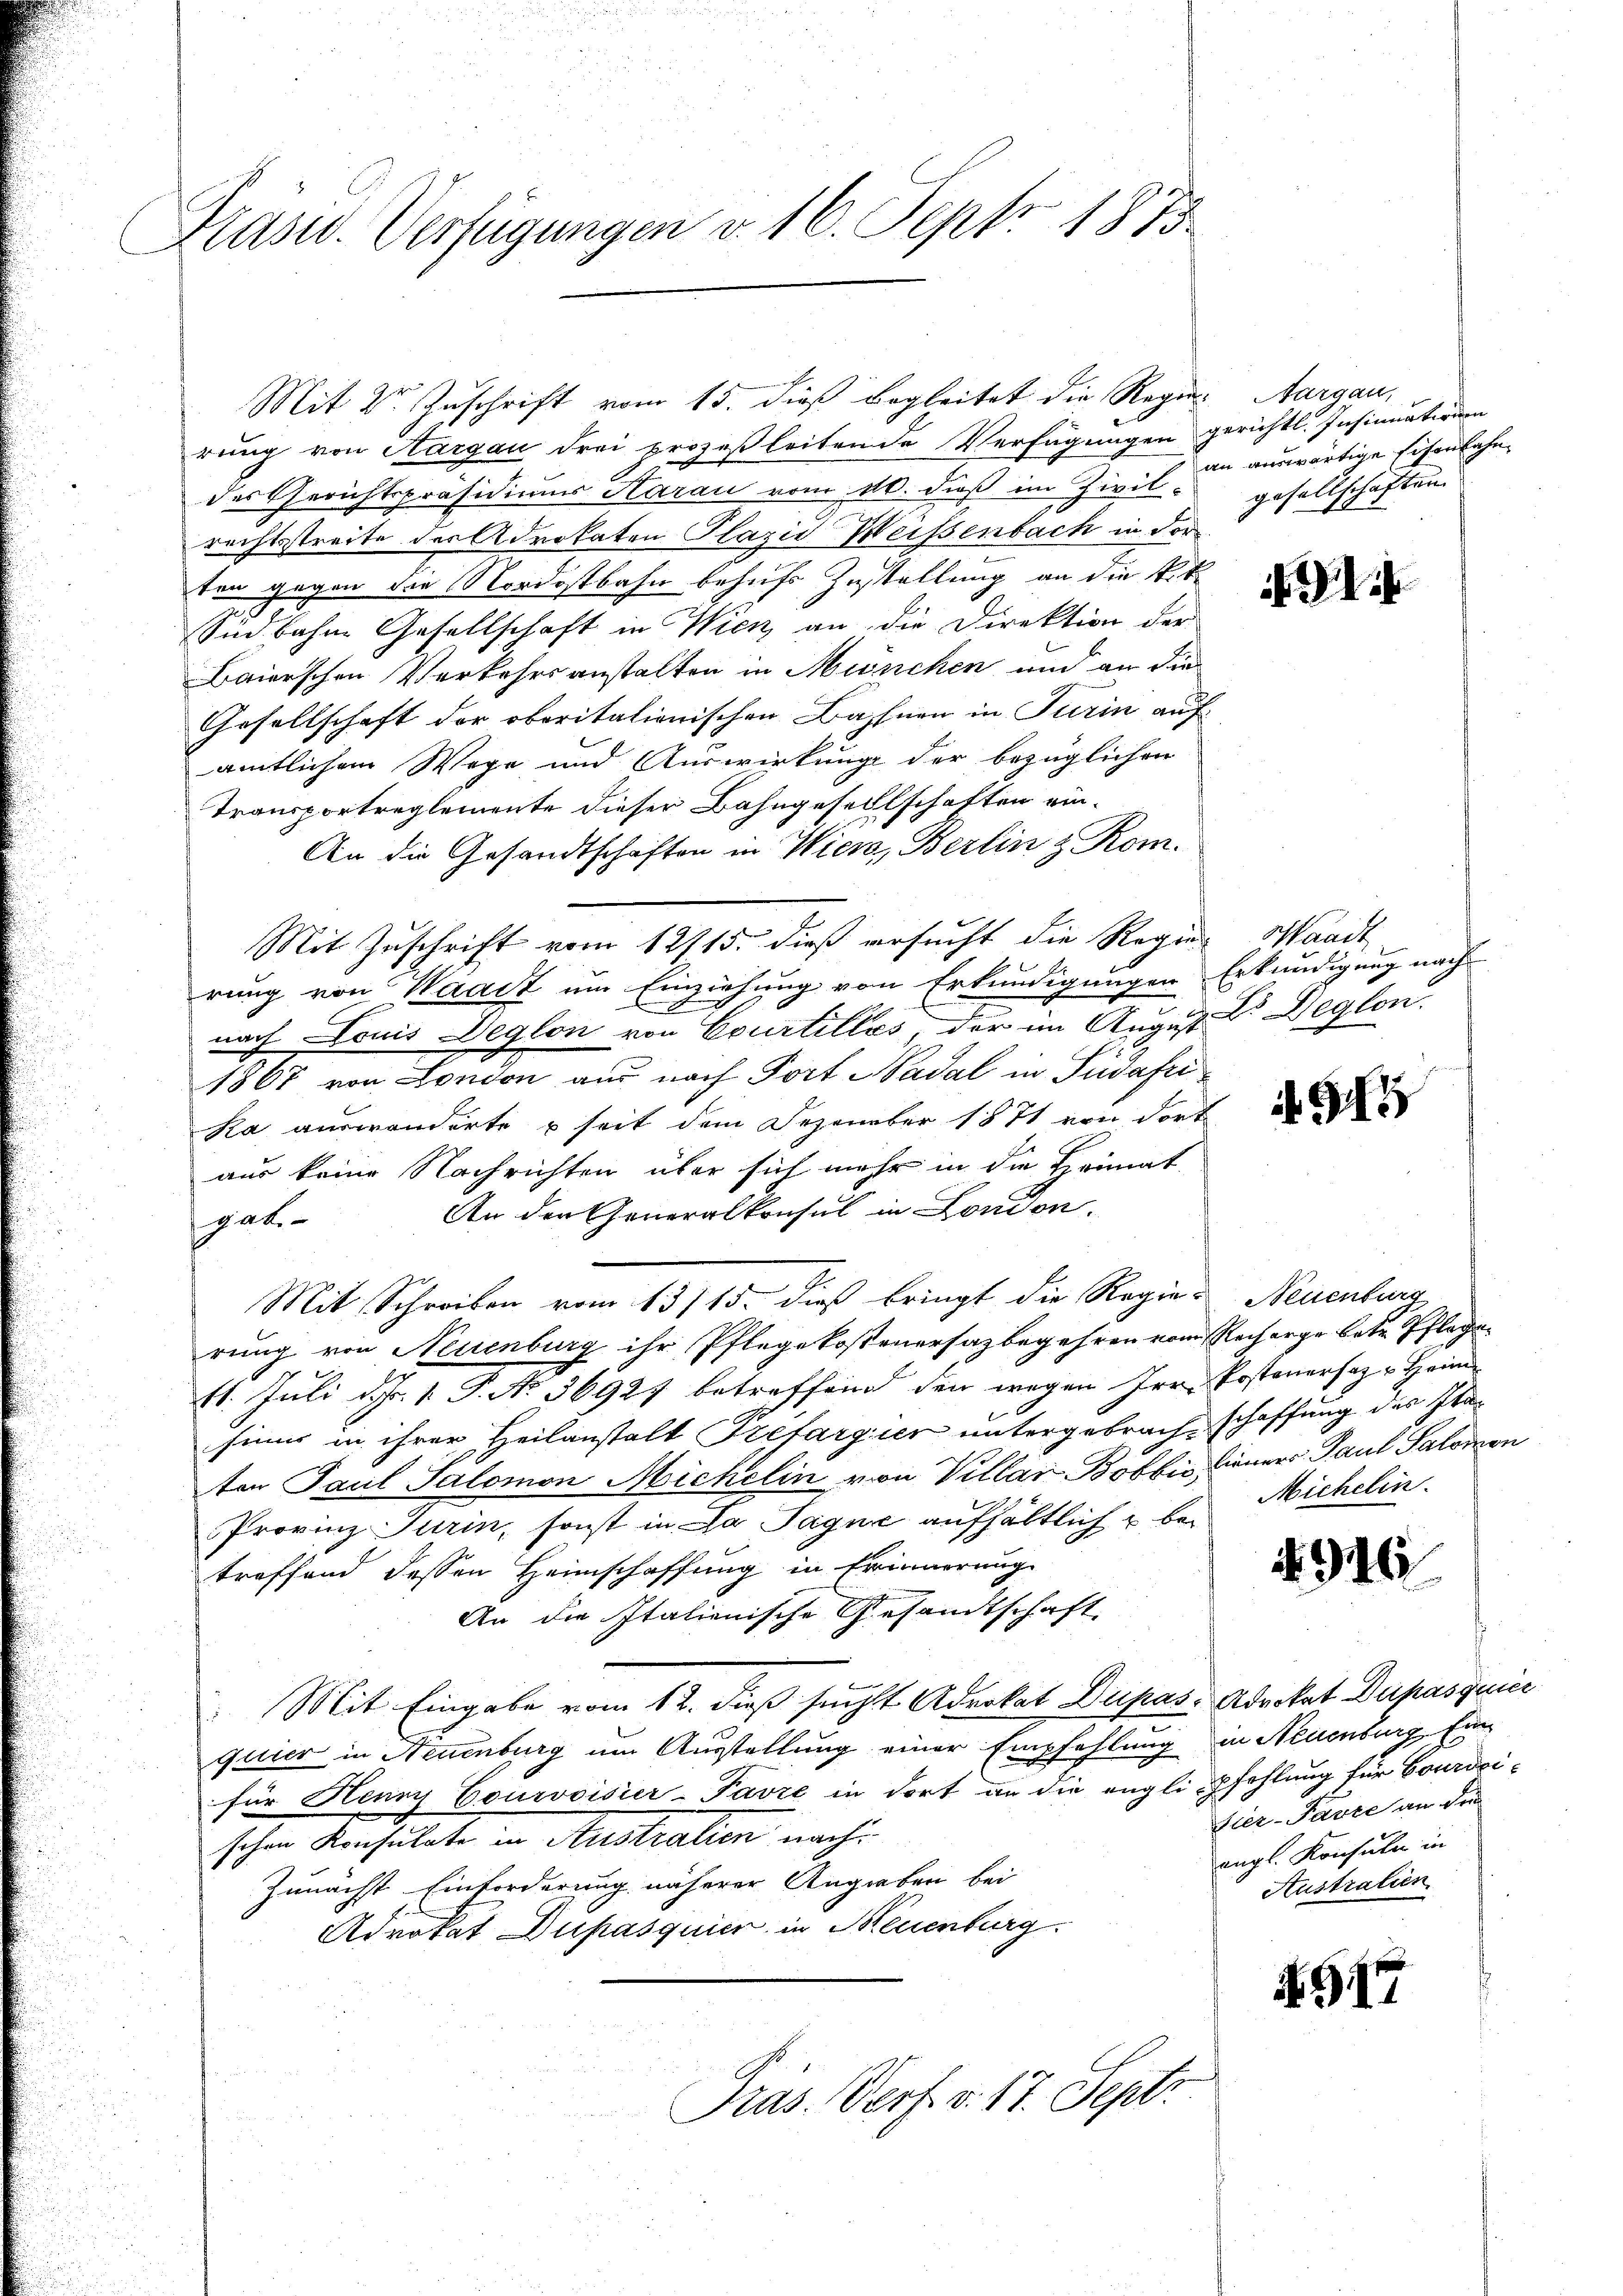
Präsid. Verfügungen v. 16. Sept. 1873.

rung von Aargau drei prozeßleitende Verfügungen gerichtl. Insinuationen
des Gerichtspräsidiums Harau vom 10. dieß im Zivil-
rechtsstreite der Advokaten Plazid Weissenbach in der
ten gegen den Nordostbahn behufs Zustellung an die tit.
Südbahne Gesellschaft in Wien an die Direktion der
Baierschen Verkehrsanstalten in München und an die
Gesellschaft der oberitalionischen Bahnen in Turin auf
amtlichem Wege und Auswirkung der bezüglichen
Transportreglemente dieser Bahngesellschaften ein¬
An die Gesandtschaften in Wiesa, Berlin & Rom.
Mit Zuschrift vom 12/15. dieß ersucht die Regier Waadt
be
rung von Waadt um Einziehung von Erkundigungen
.
nach Louis Deglon von Courtilles, der im August Dr. Deglon
1867 von London aus nach Port Nadal in Südafri
Ka auswanderte seit dem Dezember 1871 von dort
aus keine Nachrichten über sich mehr in die Heimat
An der Generalkonsul in London.
gab.
Mit Schreiben vom 13715. dieß bringt die Regie-Neuenburg
rung von Neuenburg ihr Pflegekostenersagbegehren vom Recharge betr. Pflegen
t
11. Juli d. Js. 1. P. No 36927 betreffend den wegen Irr. Postenersaz u. Heim
sinne in ihrer Heilanstalt Trefargier untergebrachschaffung des Itaten Paul Salomon Michelin von Villar Bobbis Lieners Paul Salomon
Provinz Turin, sonst in da Jagne aufhältlich u betreffend dessen Heimschaffung in Erinnerung
An die Italienische Gesandtschaft
e
Mit Eingabe vom 12. dieß sucht Advokat Düpas- Advokat Dupasquier
quier in Neuenburg um Ausstellung einer Empfehlung
für Henns Courvoisier-Pavre in dort an die englipfehlung für Courdci-
schen Konsulate in Austraten mache
Zunächst Einforderung näherer Angraben bei
Advokat Dupasquier in Neuenburg.
Pras. Dorf. v. 17. Septe

Mit der Zuschrift vom 15. dieß Begleitet die Regier Aargau,

an auswärtige schon fahn
gesellschaften.

1

Erkundigung nach

918

Michelin.

4916

in Neuenburg fin
Vier-Pavec an den
angl. Konsulen in
Australien

1517